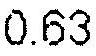
0.63